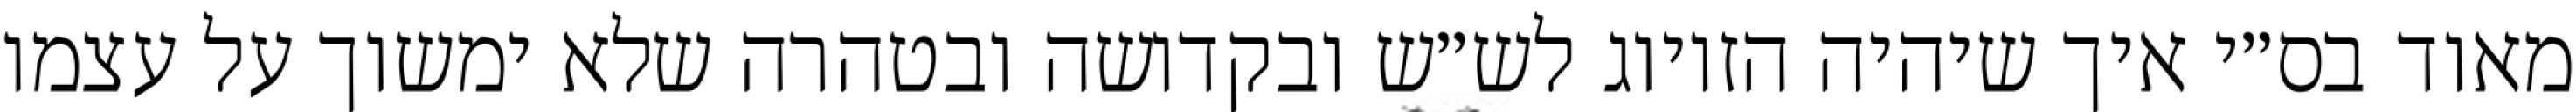
מאוד בס״י איך שיהיה הזיווג לש״ש ובקדושה ובטהרה שלא ימשוך על עצמו